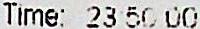
TIME: 23:50:00